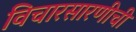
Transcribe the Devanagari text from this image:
विचारसारणीची